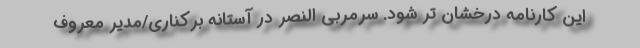
این کارنامه درخشان تر شود. سرمربی النصر در آستانه برکناری/مدیر معروف